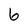
Character: 6